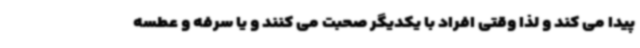
پیدا می کند و لذا وقتی افراد با یکدیگر صحبت می کنند و یا سرفه و عطسه